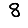
Digit: 8